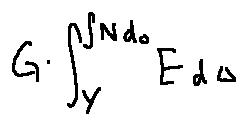
G \int \limits _ { Y } ^ { \int N d o } E d \Delta